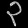
Digit: ၃